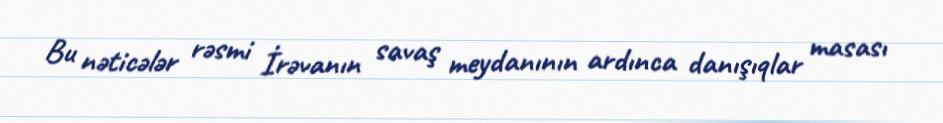
Bu nəticələr rəsmi İrəvanın savaş meydanının ardınca danışıqlar masası